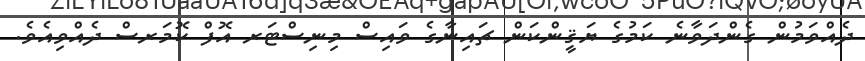
ދެއްވަމުން ގެންދަވާނެ ކަމުގެ ޔަޤީންކަން ޗައިނާގެ ވައިސް މިނިސްޓަރ އޮފް ކޮމަރސް ދެއްވިއެވެ.